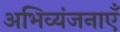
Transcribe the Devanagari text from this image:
अभिव्यंजनाएँ